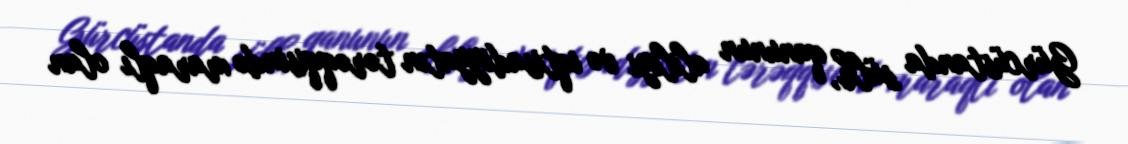
Gürcüstanda sülh, qanunun aliliyi və iqtisadiyyatın tərəqqisində maraqlı olan